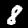
Label: 8